Haapsalu_Metskond, lk 27
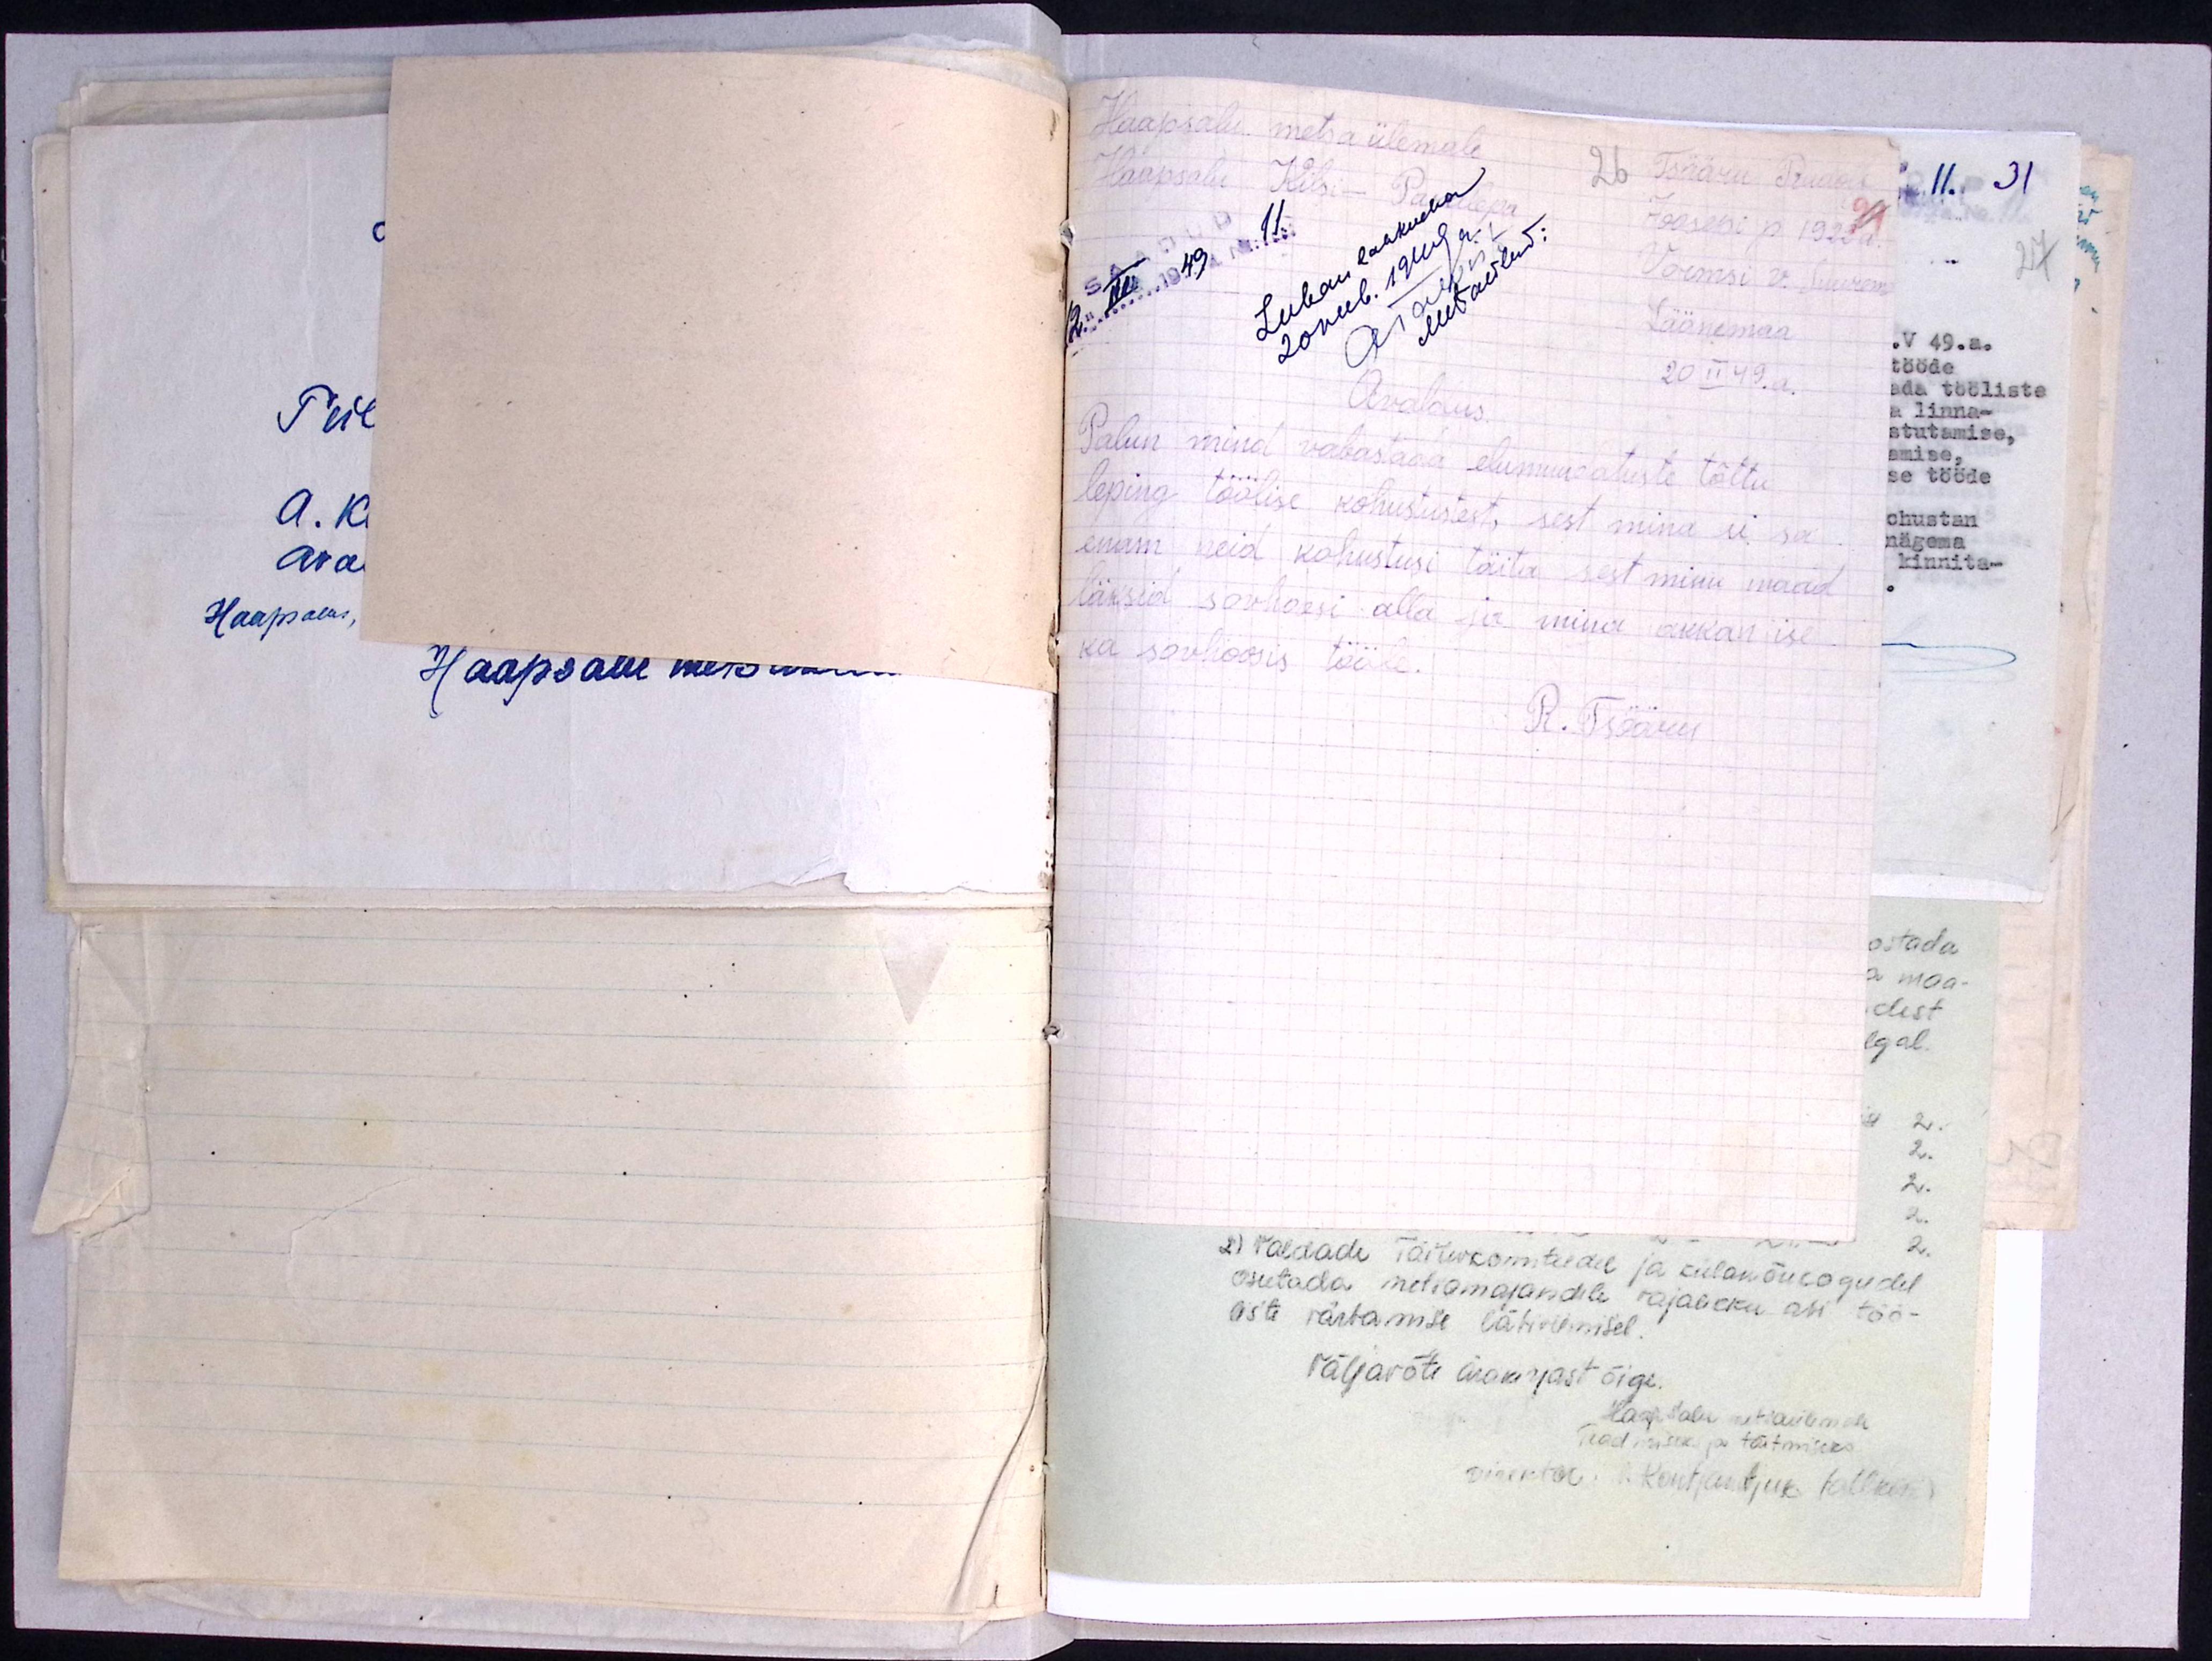
Haapsalu metsa ülemale
Haapsalu Kilsi-Paralepa
26 Tsääru Rudolf
Joosepi p. 1922a.
Vormsi v. Suurem.
Läänemaa
20 II 49. a.
SAADUD
2" III 1949a No 11
Luban lahkuda
20veeb.1949a.
ATalviste
Metsaülem:
Avaldus.
Palun mind vabastada elumuudatuste tõttu
leping töölise kohustustest, sest mina ei sa
enam neid kohustusi täita sest minu maad
läksid sovhoosi alla ja mina akkan ise
ka sovhoosis tööle.
R. Tsääru